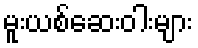
မူးယစ်ဆေးဝါးများ